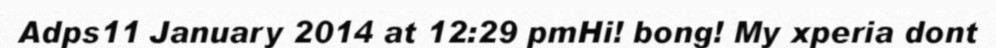
Adps11 January 2014 at 12:29 pmHi! bong! My xperia dont